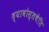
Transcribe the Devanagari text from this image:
द्यावोस्तथेति